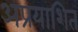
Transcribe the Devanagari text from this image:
अप्रयाशित